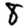
Digit: 8